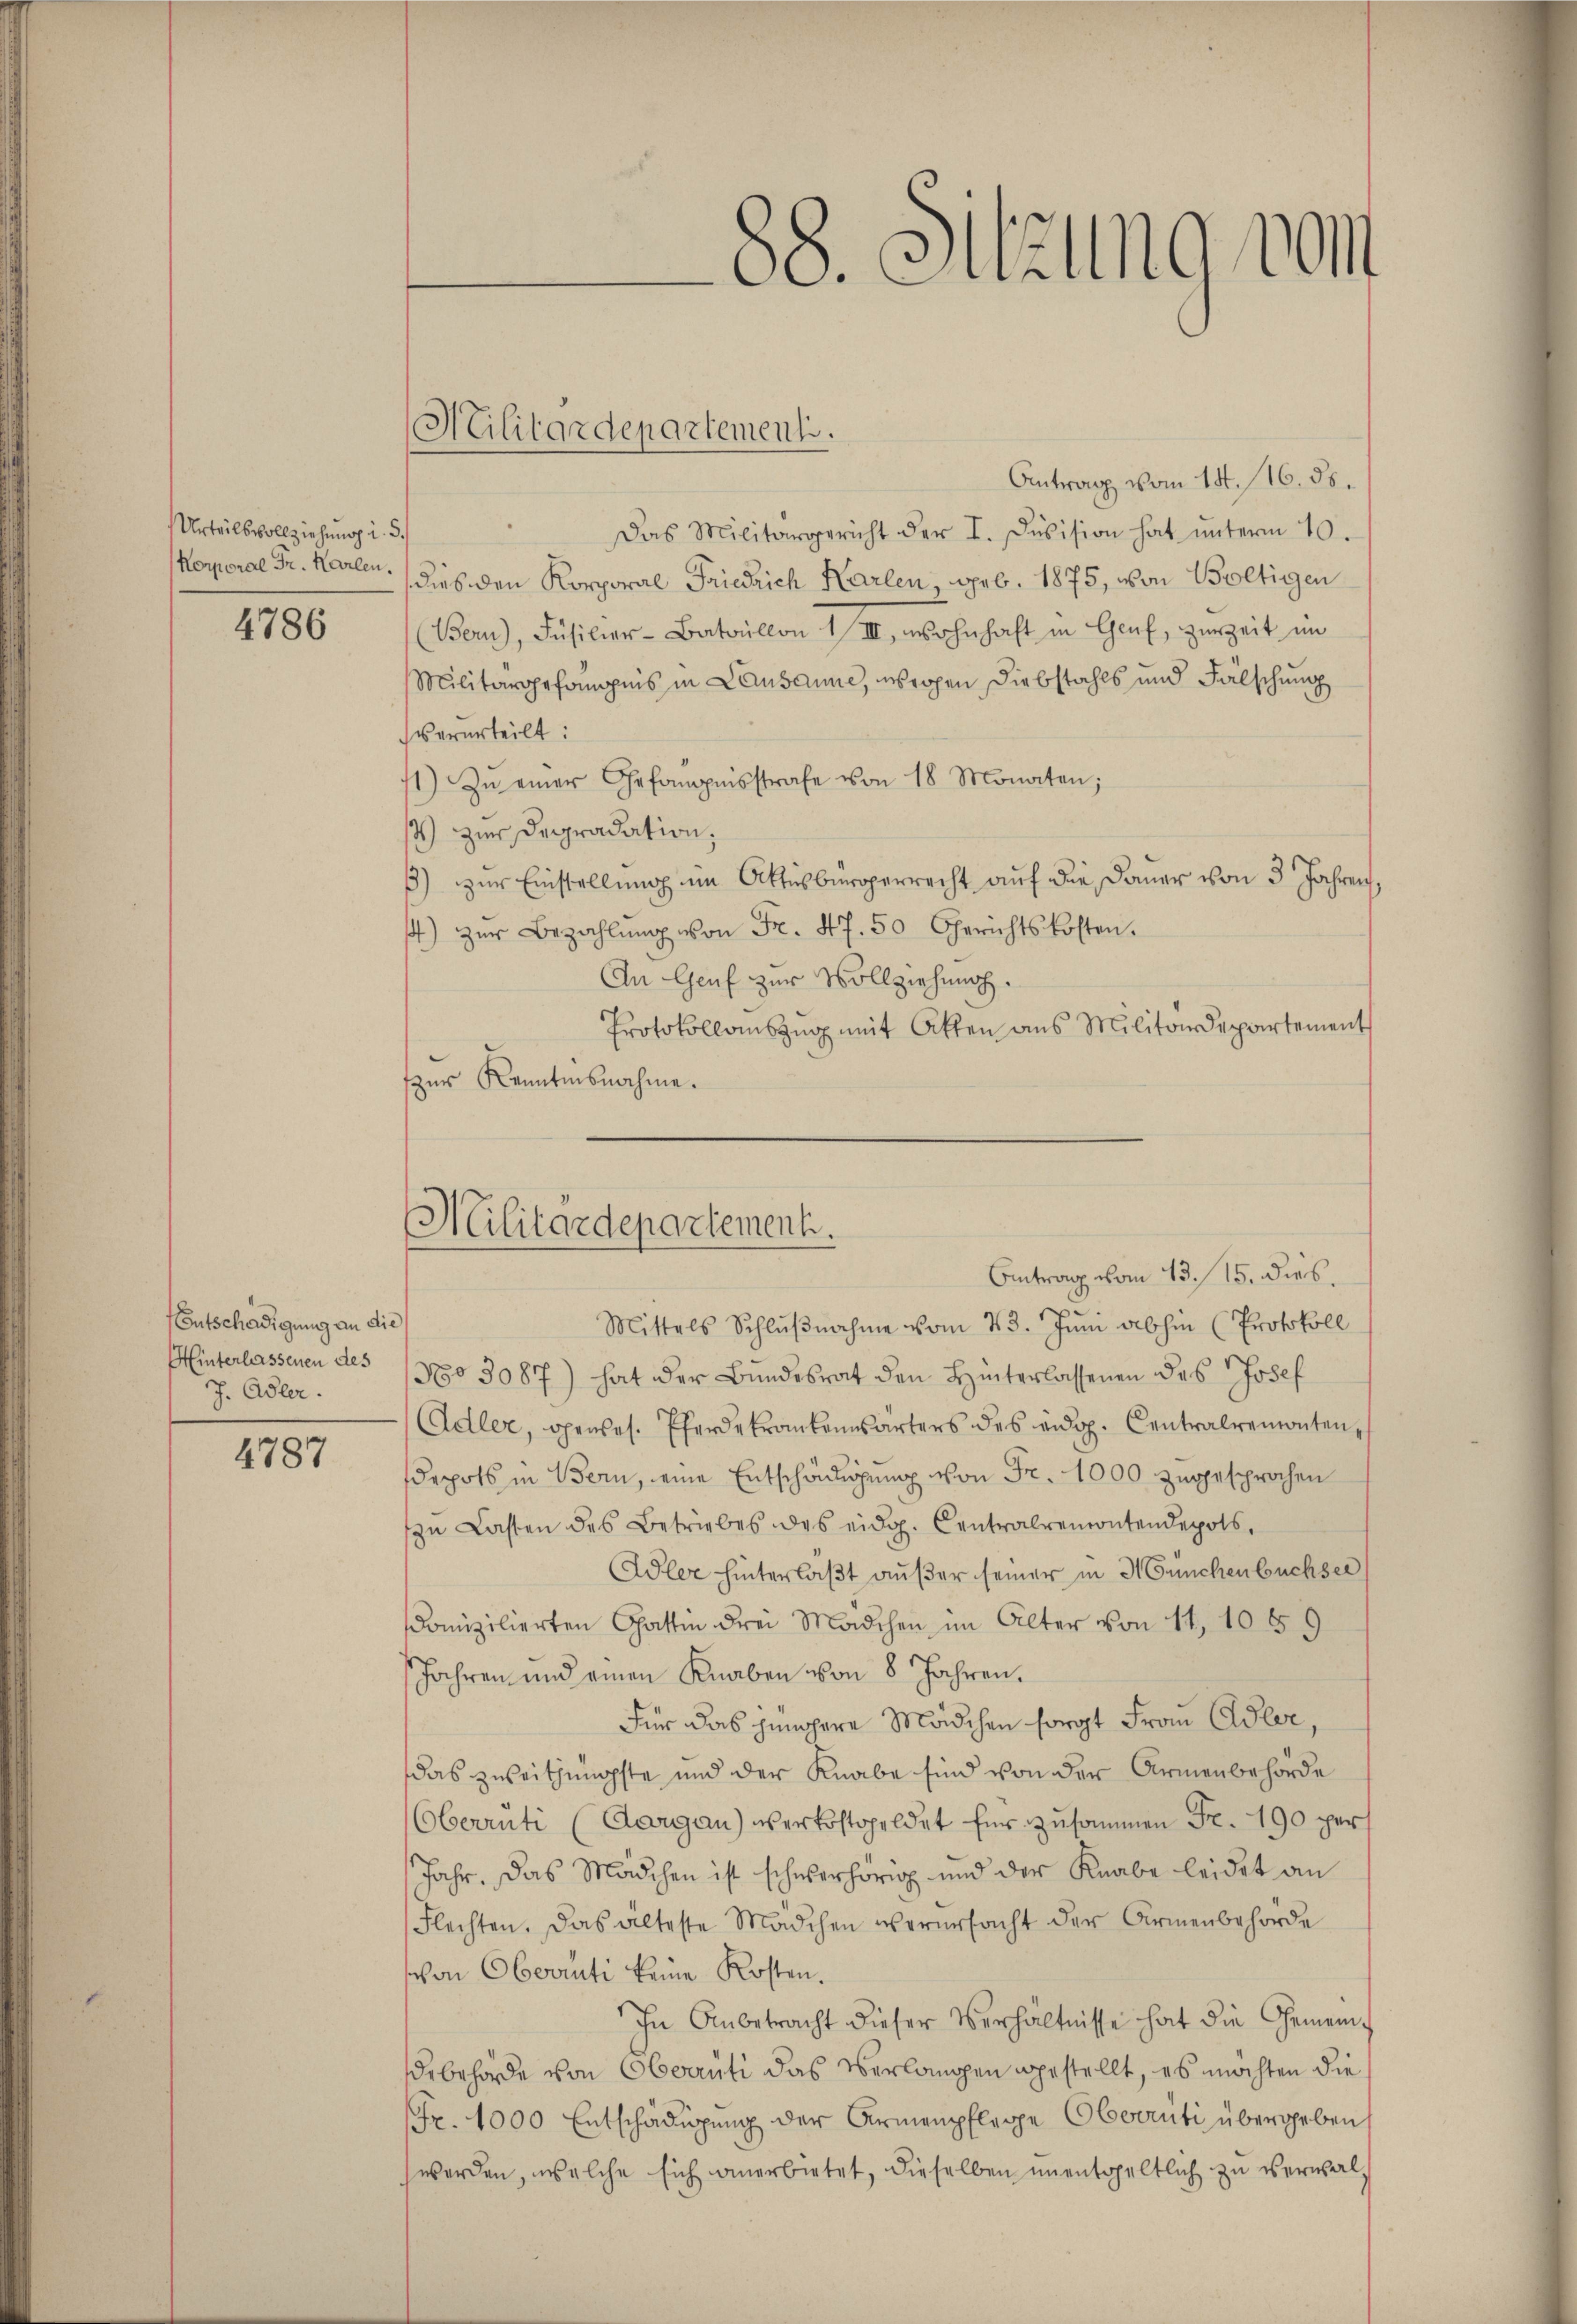
Urteilsvollziehung i. 5
Korporal Fr. Karlen.
4786

Entschädigung an die
Hinterlassenen des
J. Adler.

4787

Militärdepartementi.

88. Sitzung vom

Militärdepartement.
Antrag vom 13. 15. dies

Antrag vom 14. 16. ds.
Das Militärgericht der I. Division hat unterm 10.
dies den Korporal Friedrich Karlen, geb. 1875, von Boltigen
(Bern), Füsilier-Bataillon 1/III, wohnhaft in Genf, zurzeit im
Militärgefängnis in Lausanne, wogen Diebstahls und Fälschung
verurteilt:
1) Zu einer Gefängnisstrafe von 18 Monaten;
14) zur Degradation,
) zur Einstellung im Aktesbürgerrecht auf die Dauer von 3 Jahren,
) zŭr Bezahlŭng von Fr. 47. 50 Gerichtskosten.
An Genf zur Vollziehung.
Protokollauszug mit Akten aus Militärdepartement
zur Kenntnisnahme.
.
Mittels Schlŭβnahme vom 23. Juni abhin (Protokoll
No 3087) hat der Bundesrat den Hinterlassenen des Josef
Adler, genes. Pferdekrankenwärters des eidg. Centralremonten,
depots in Bern, eine Entschädigung von Fr. 1000 zugesprochen
zŭ Lasten des Betriebes des eidg. Centralremontendepots,
Adler hinterlaßt außer seiner in Münchenbuchser
omizilierten Gattin drei Mädchen im Alter von 11, 1059
Jahren und einen Knaben von 8 Jahren.
Für das jüngere Mädchen sorgt Frau Adler,
das zweitjüngste und der Knabe sind von der Armenbehörde
Oberrüti (Aargau) verkostgeldet für zusammen Fr. 190 per
Jahr. Das Mädchen ist schwerhörig und der Knabe leidet an
Flechten. Das alteste Mädchen verursacht der Armenbehörde
schon Oberrüti keine Kosten.
In Anbetracht dieser Verhältnisse hat die Gemeindebehörde von Oberrüti das Verlangen gestellt, es möchten die
Fr. 1000 Entschädigung der Armenpflege Oberrüti übergeben
worden, welche sich anerbietet, dieselben unentgeltlich zu verwal¬